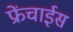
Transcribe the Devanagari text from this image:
फ्रेंचाईस